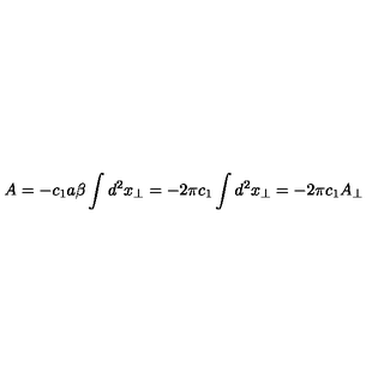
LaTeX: A = - c _ { 1 } a \beta \int d ^ { 2 } x _ { \perp } = - 2 \pi c _ { 1 } \int d ^ { 2 } x _ { \perp } = - 2 \pi c _ { 1 } A _ { \perp }